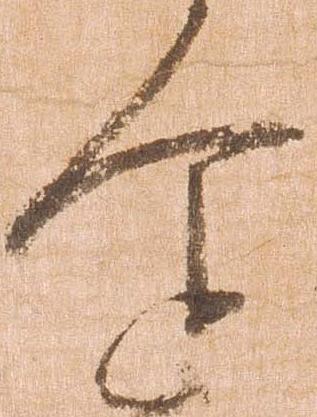
企